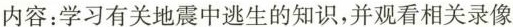
内容：学习有关地震中逃生的知识，并观看相关录像